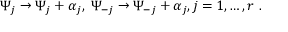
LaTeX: \Psi _ { j } \rightarrow \Psi _ { j } + \alpha _ { j } , \; \Psi _ { - j } \rightarrow \Psi _ { - j } + \alpha _ { j } , j = 1 , \ldots , r \ .